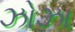
ઝોઝા